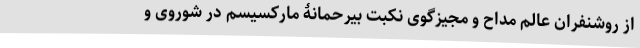
از روشنفران عالم مداح و مجیزگوی نکبت بیرحمانۀ مارکسیسم در شوروی و